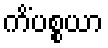
ကိံပစ္စယာ